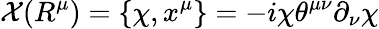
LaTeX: {\cal X}(R^{\mu})=\{ {\chi},x^{\mu}\} =-i{\chi}{\theta}^{{\mu}{\nu}}{\partial}_{\nu}{\chi}